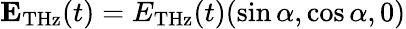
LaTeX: \mathbf{E}_{\mathrm{THz}}(t)=E_{\mathrm{THz}}(t)(\sin\alpha,\cos\alpha,0)